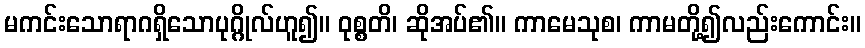
မကင်းသောရာဂရှိသောပုဂ္ဂိုလ်ဟူ၍။ ဝုစ္စတိ၊ ဆိုအပ်၏။ ကာမေသုစ၊ ကာမတို့၍လည်းကောင်း။